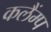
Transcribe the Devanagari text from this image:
कलैंम्प